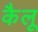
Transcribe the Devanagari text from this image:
कैलू